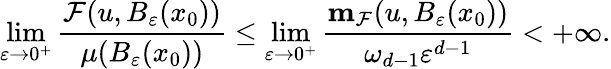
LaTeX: \operatorname*{lim}_{\varepsilon\to 0^{+}}\frac{\mathcal{F}(u,B_{\varepsilon}(x_{0}))}{\mu(B_{\varepsilon}(x_{0}))}\leq\operatorname*{lim}_{\varepsilon\to 0^{+}}\frac{\mathbf{m}_{\mathcal{F}}(u,B_{\varepsilon}(x_{0}))}{\omega_{d-1}\varepsilon^{d-1}}<+\infty.